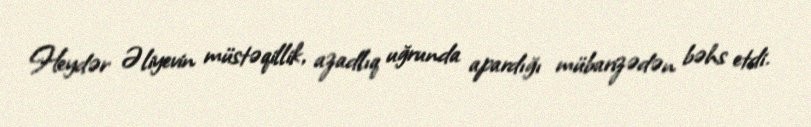
Heydər Əliyevin müstəqillik, azadlıq uğrunda apardığı mübarizədən bəhs etdi.